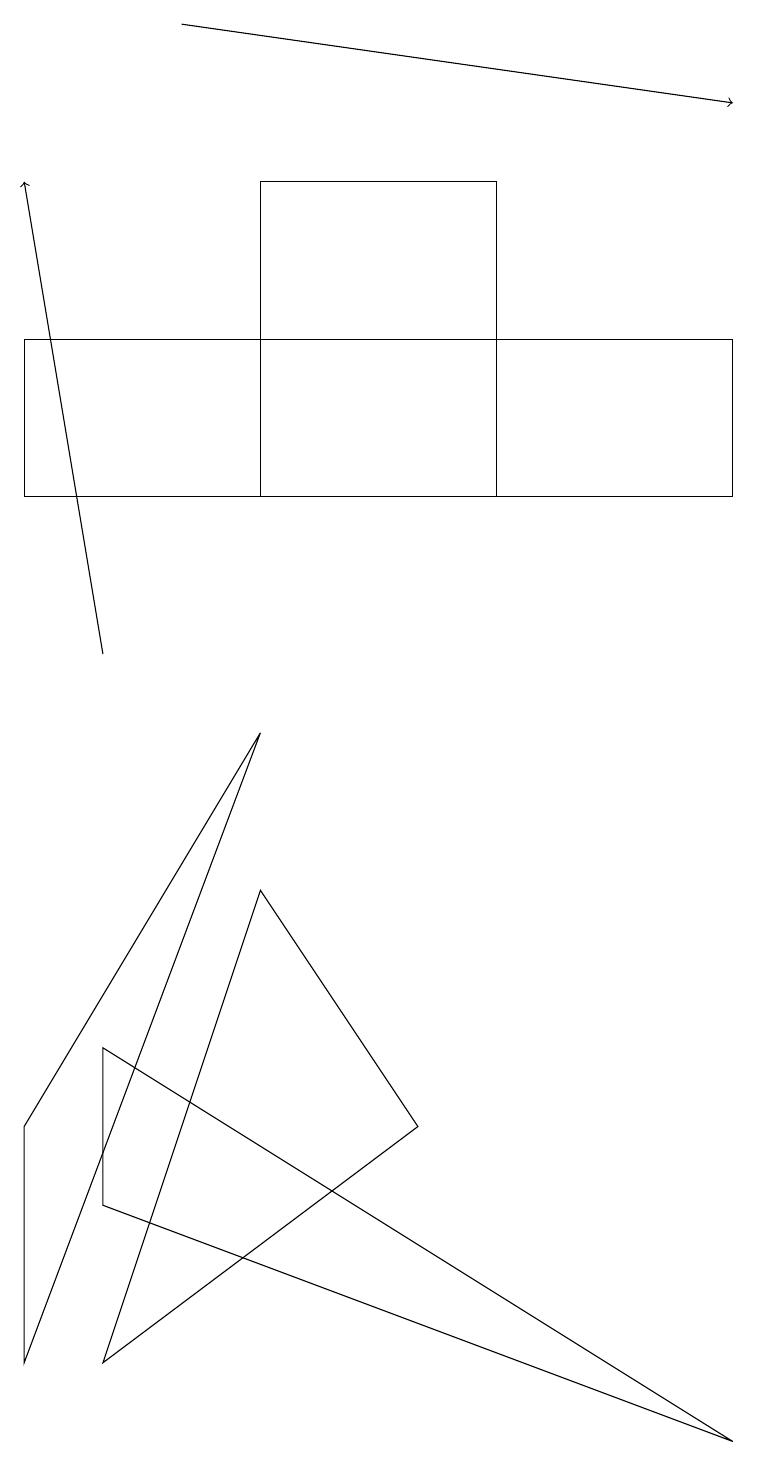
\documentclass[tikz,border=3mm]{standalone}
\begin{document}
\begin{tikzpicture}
\draw (9,0) -- (1,3) -- (1,5) -- cycle;
\draw[->] (2,18) -- (9,17);
\draw (9,14) rectangle (0,12);
\draw[->] (1,10) -- (0,16);
\draw (0,1) -- (3,9) -- (0,4) -- cycle;
\draw (3,7) -- (5,4) -- (1,1) -- cycle;
\draw (6,16) rectangle (3,12);
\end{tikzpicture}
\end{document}